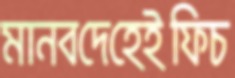
মানবদেহেইফিচ